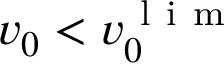
v _ { 0 } < v _ { 0 } ^ { \mathrm { ~ l ~ i ~ m ~ } }